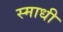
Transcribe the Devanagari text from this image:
स्माधी